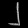
Digit: ၂